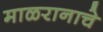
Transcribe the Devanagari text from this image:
माळरानाचे